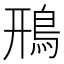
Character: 鳽